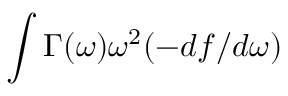
\int \Gamma ( \omega ) \omega ^ { 2 } ( - d f / d \omega )